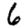
Digit: 6